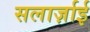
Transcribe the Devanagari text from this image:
सलार्ज़ाई